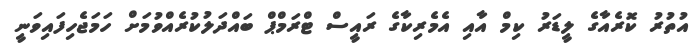
އުތުރު ކޮރެއާގެ ލީޑަރު ކިމް އާއި އެމެރިކާގެ ރައީސް ޓްރަމްޕް ބައްދަލުކުރެއްވުމަށް ހަމަޖެހިފައިވަނީ